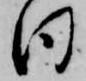
日